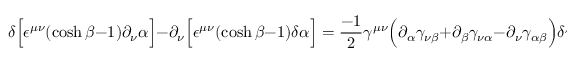
\delta \Bigl [ \epsilon ^ { \mu \nu } ( \cosh \beta - 1 ) \partial _ { \nu } \alpha \Bigr ] - \partial _ { \nu } \Bigl [ \epsilon ^ { \mu \nu } ( \cosh \beta - 1 ) \delta \alpha \Bigr ] = \frac { - 1 } { 2 } \gamma ^ { \mu \nu } \Bigl ( \partial _ { \alpha } \gamma _ { \nu \beta } + \partial _ { \beta } \gamma _ { \nu \alpha } - \partial _ { \nu } \gamma _ { \alpha \beta } \Bigr ) \delta \gamma ^ { \alpha \beta }